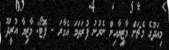
މިއަދުގެ މެޗަށް މާޒިޔާއިން ނެރުނު ފުރަތަމަ އެގާރަ - ފޮޓޯ: މާޒިޔާ އުރީދޫ